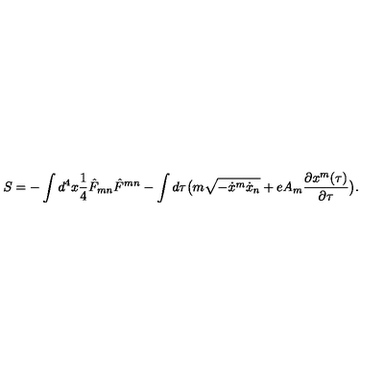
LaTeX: S = - \int d ^ { 4 } x { \frac { 1 } { 4 } } { \hat { F } } _ { m n } { \hat { F } } ^ { m n } - \int d \tau \big ( m \sqrt { - { \dot { x } } ^ { m } { \dot { x } } _ { n } } + e A _ { m } { \frac { \partial x ^ { m } ( \tau ) } { \partial \tau } } \big ) .